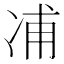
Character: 𠗒